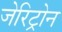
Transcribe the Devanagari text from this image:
जेरिट्रोन